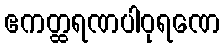
ဧကတ္ထရဏပါဝုရဏေ